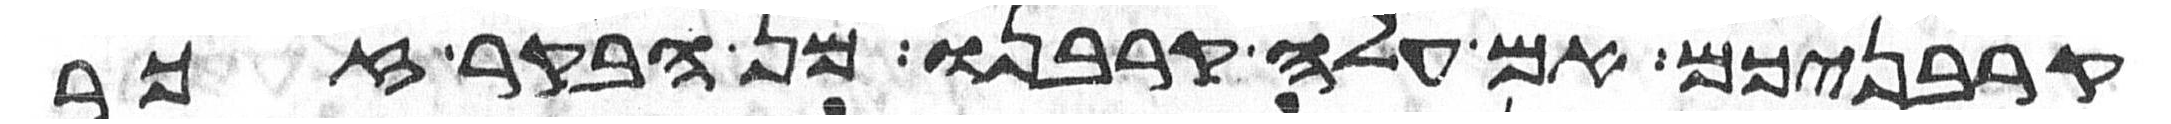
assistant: קרבניכם אם עלה קרבנו מן הבקר זכר